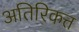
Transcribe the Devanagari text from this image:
अतिरिकत्त